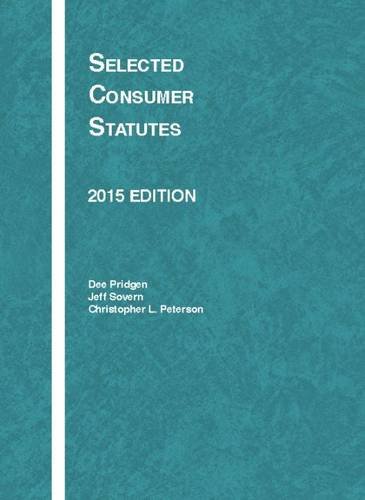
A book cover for Selected Consumer Statutes (Selected Statutes); Dee Pridgen; Law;